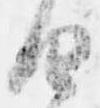
由